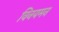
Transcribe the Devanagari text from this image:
विनयमन